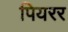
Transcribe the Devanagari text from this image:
पियरर